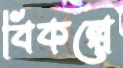
বিকল্পে